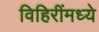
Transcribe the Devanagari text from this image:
विहिरींमध्ये